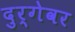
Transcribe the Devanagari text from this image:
दुर्गेवर